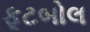
ફૂટબોલ